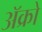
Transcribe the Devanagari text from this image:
अॅक्रो